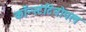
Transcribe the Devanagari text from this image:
कॉन्स्टंटिनोपल